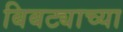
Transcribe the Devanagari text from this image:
बिबट्याच्या